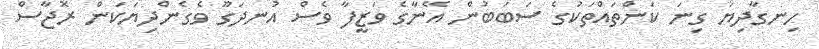
ހިނގާދިޔަ ގިނަ ކަންތައްތަކުގެ ސަބަބުން އޭނާގެ ވަޒީފާ ވެސް އުނދަގޫ ވެގެންދިޔަކަން ރޮޖާސް